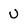
Character: U